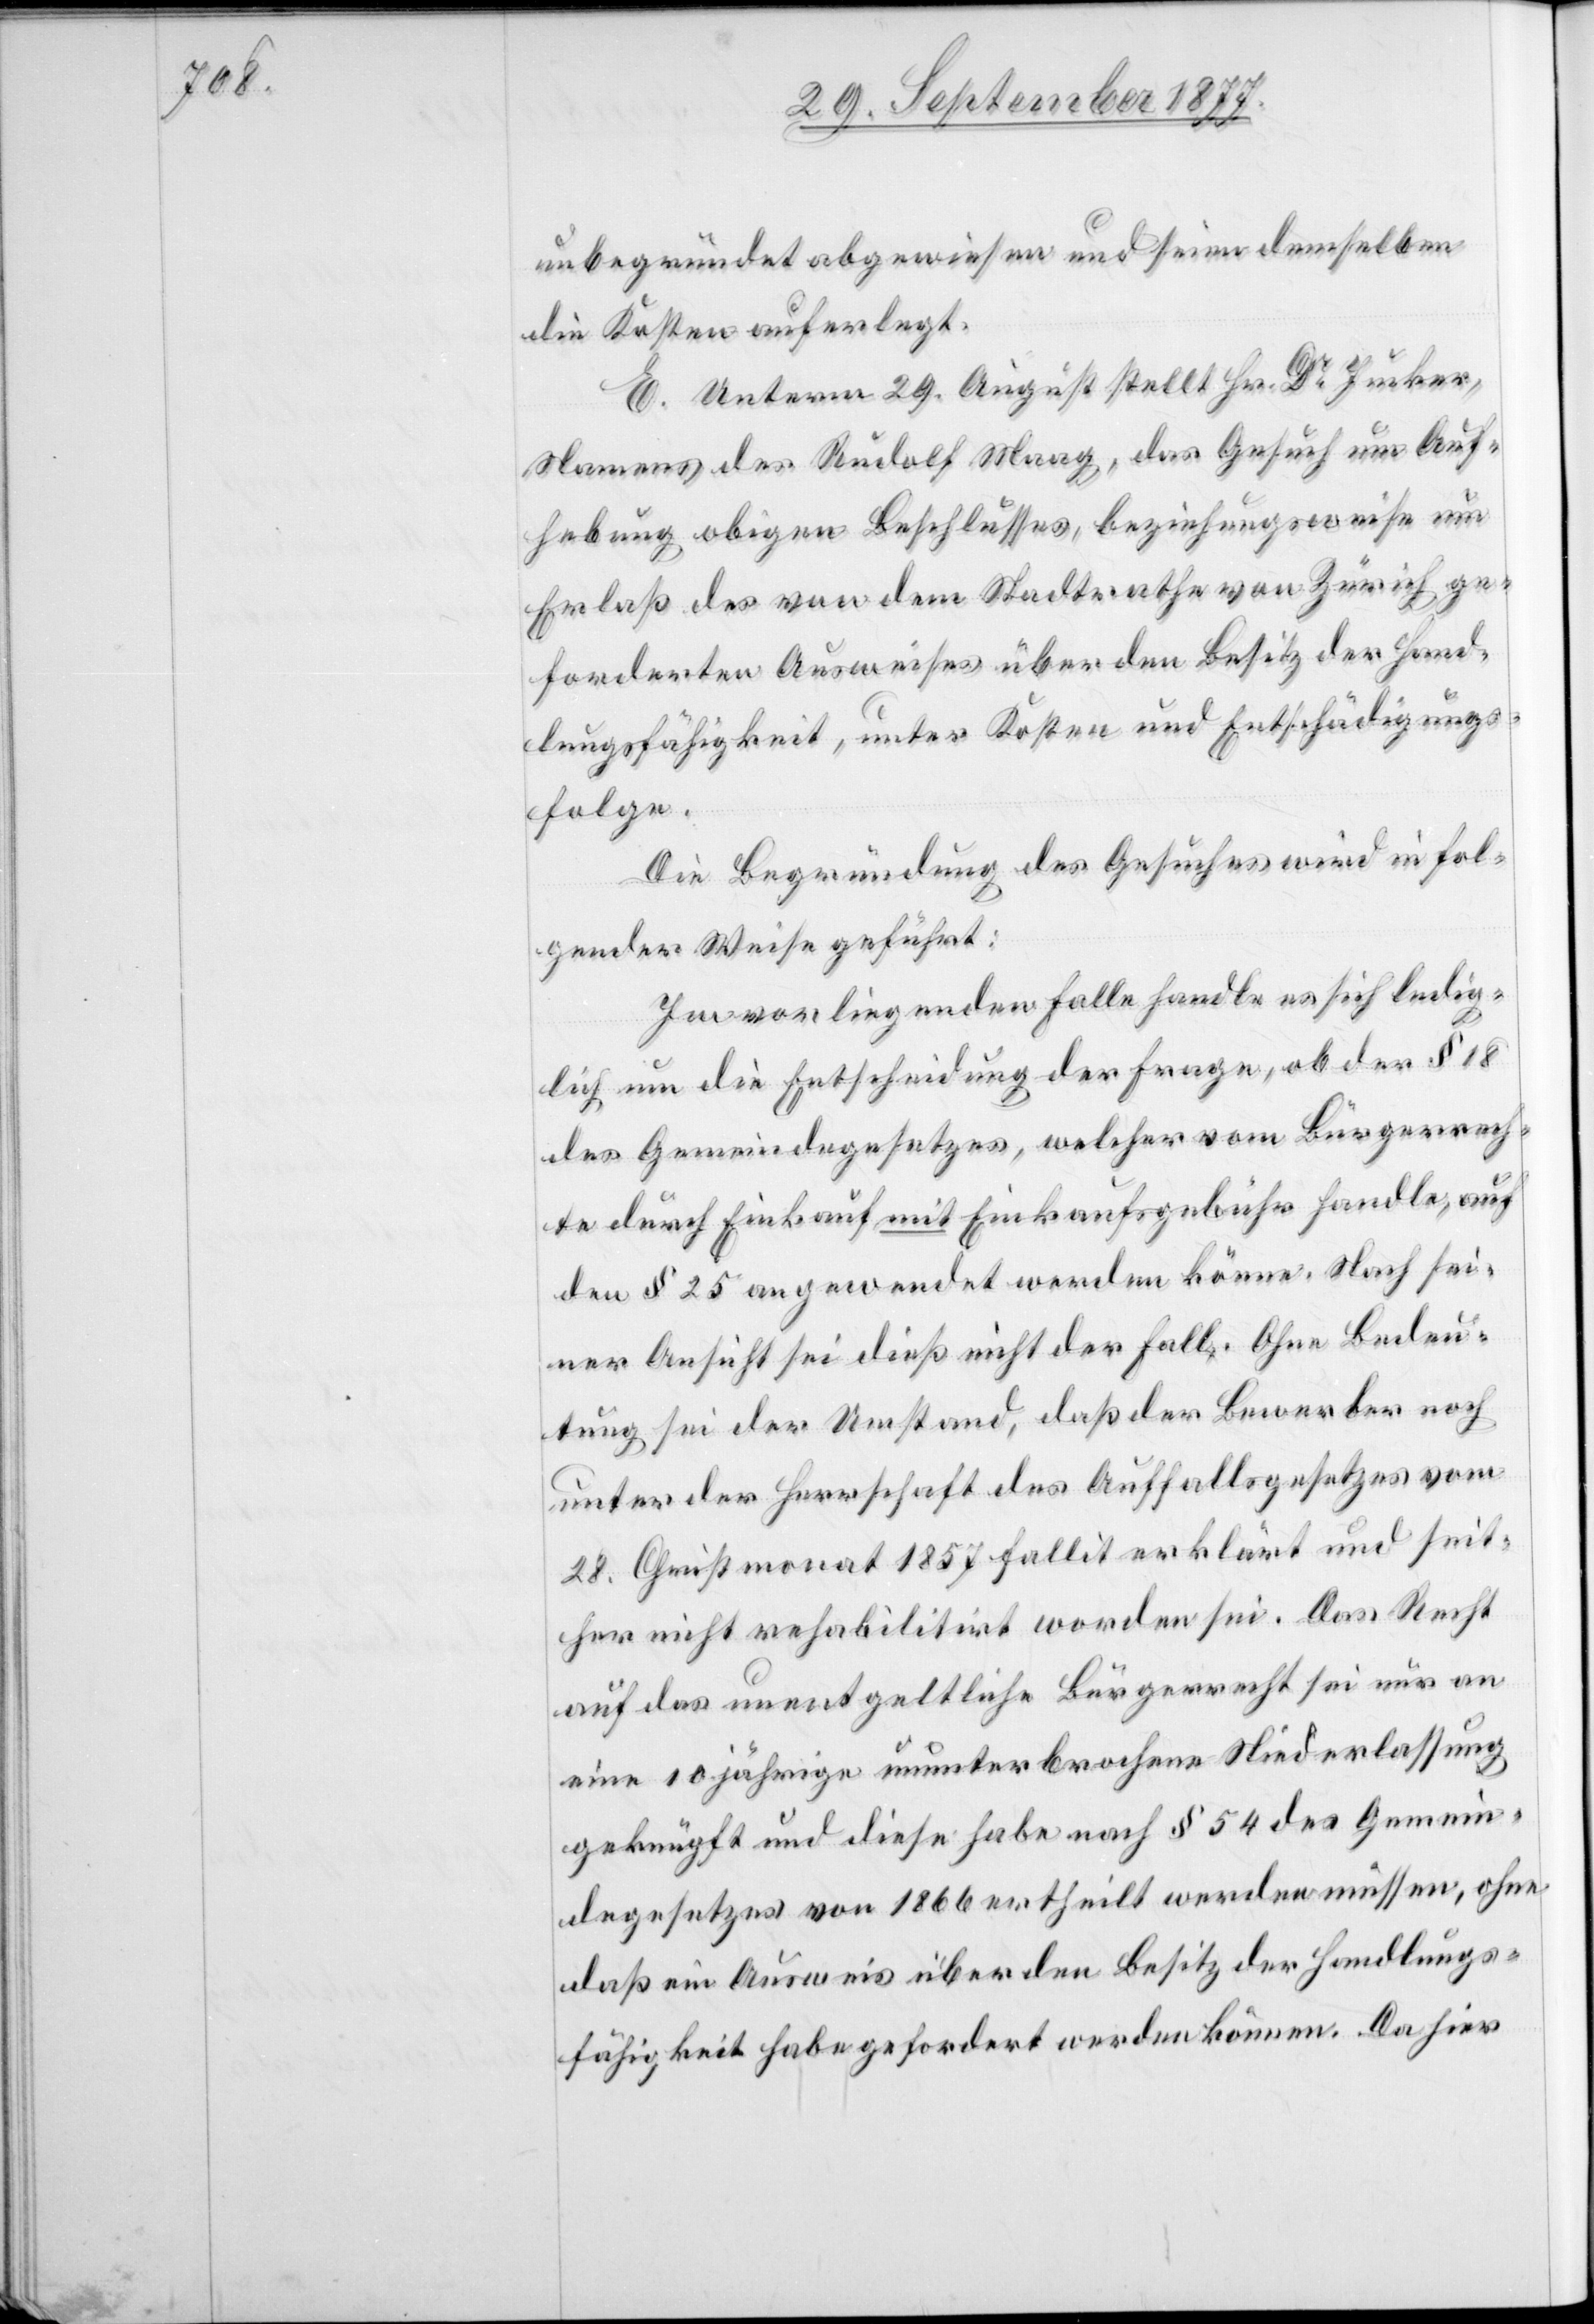
unbegründet abgewiesen und seien demselben
die Kosten auferlegt.
E. Unterm 29. August stellt Hr. Dr Jucker,
Namens des Rudolf Maag, das Gesuch um Auf¬
hebung obigen Beschlusses, beziehungsweise um
Erlaß des von dem Stadtrathe von Zürich ge¬
forderten Ausweises über den Besitz der Hand¬
lungsfähigkeit, unter Kosten und Entschädigungs¬
folge.
Die Begründung des Gesuches wird in fol¬
gender Weise geführt:
Im vorliegenden Falle handle es sich ledig¬
lich um die Entscheidung der Frage, ob der § 18
des Gemeindegesetzes, welcher vom Bürgerrech¬
te durch Einkauf mit Einkaufsgebühr handle, auf
den § 25 angewendet werden könne. Nach sei¬
ner Ansicht sei dieß nicht der Fall. Ohne Bedeu¬
tung sei der Umstand, daß der Bewerber noch
unter der Herrschaft des Auffallsgesetzes vom
28. Christmonat 1857 fallit erklärt und seit¬
her nicht rehabilitirt worden sei. Das Recht
auf das unentgeltliche Bürgerrecht sei nur an
eine 10 jährige ununterbrochene Niederlassung
geknüpft und diese habe nach § 54 des Gemein¬
degesetzes von 1866 ertheilt werden müssen, ohne
daß ein Ausweis über den Besitz der Handlungs¬
fähigkeit habe gefordert werden können. Da hier